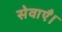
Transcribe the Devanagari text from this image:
सेवाएँ।